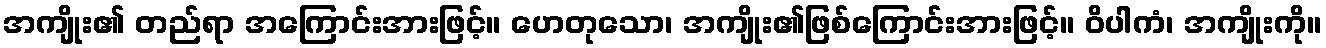
အကျိုး၏ တည်ရာ အကြောင်းအားဖြင့်။ ဟေတုသော၊ အကျိုး၏ဖြစ်ကြောင်းအားဖြင့်။ ဝိပါကံ၊ အကျိုးကို။